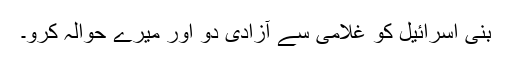
بنی اسرائیل کو غلامی سے آزادی دو اور میرے حوالہ کرو۔